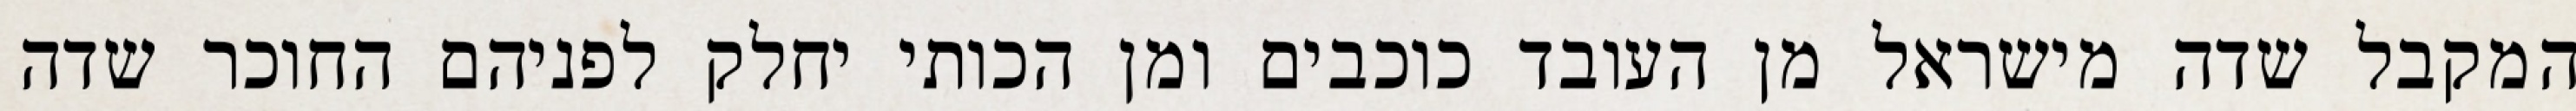
המקבל שדה מישראל מן העובד כוכבים ומן הכותי יחלק לפניהם החוכר שדה